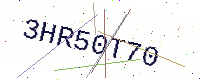
Text: 3HR50T70